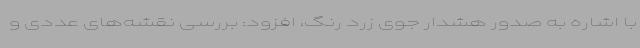
با اشاره به صدور هشدار جوی زرد رنگ، افزود: بررسی نقشه‌های عددی و